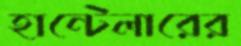
হান্টেলারের